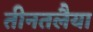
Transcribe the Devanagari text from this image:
तीनतलैया